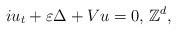
LaTeX: \begin{align*}iu_{t}+\varepsilon\Delta +Vu=0, \, \mathbb Z^d,\end{align*}